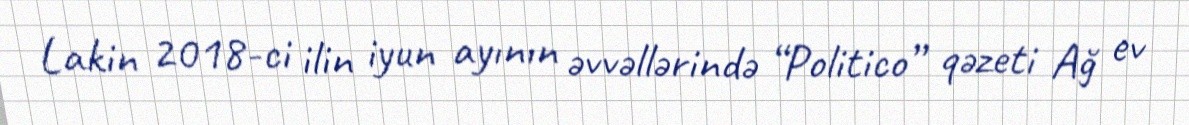
Lakin 2018-ci ilin iyun ayının əvvəllərində “Politico” qəzeti Ağ ev